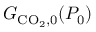
G _ { \mathrm { C O _ { 2 } , 0 } } ( P _ { 0 } )